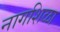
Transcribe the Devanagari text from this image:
नागशिळा